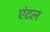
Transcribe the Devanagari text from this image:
एंटल